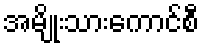
အမျိုးသားကောင်စီ